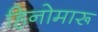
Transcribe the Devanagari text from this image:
हिनोमारू